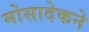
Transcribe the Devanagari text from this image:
मोसादेकने